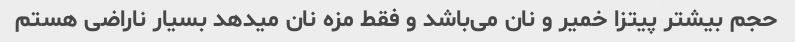
حجم بیشتر پیتزا خمیر و نان می‌باشد و فقط مزه نان میدهد بسیار ناراضی هستم